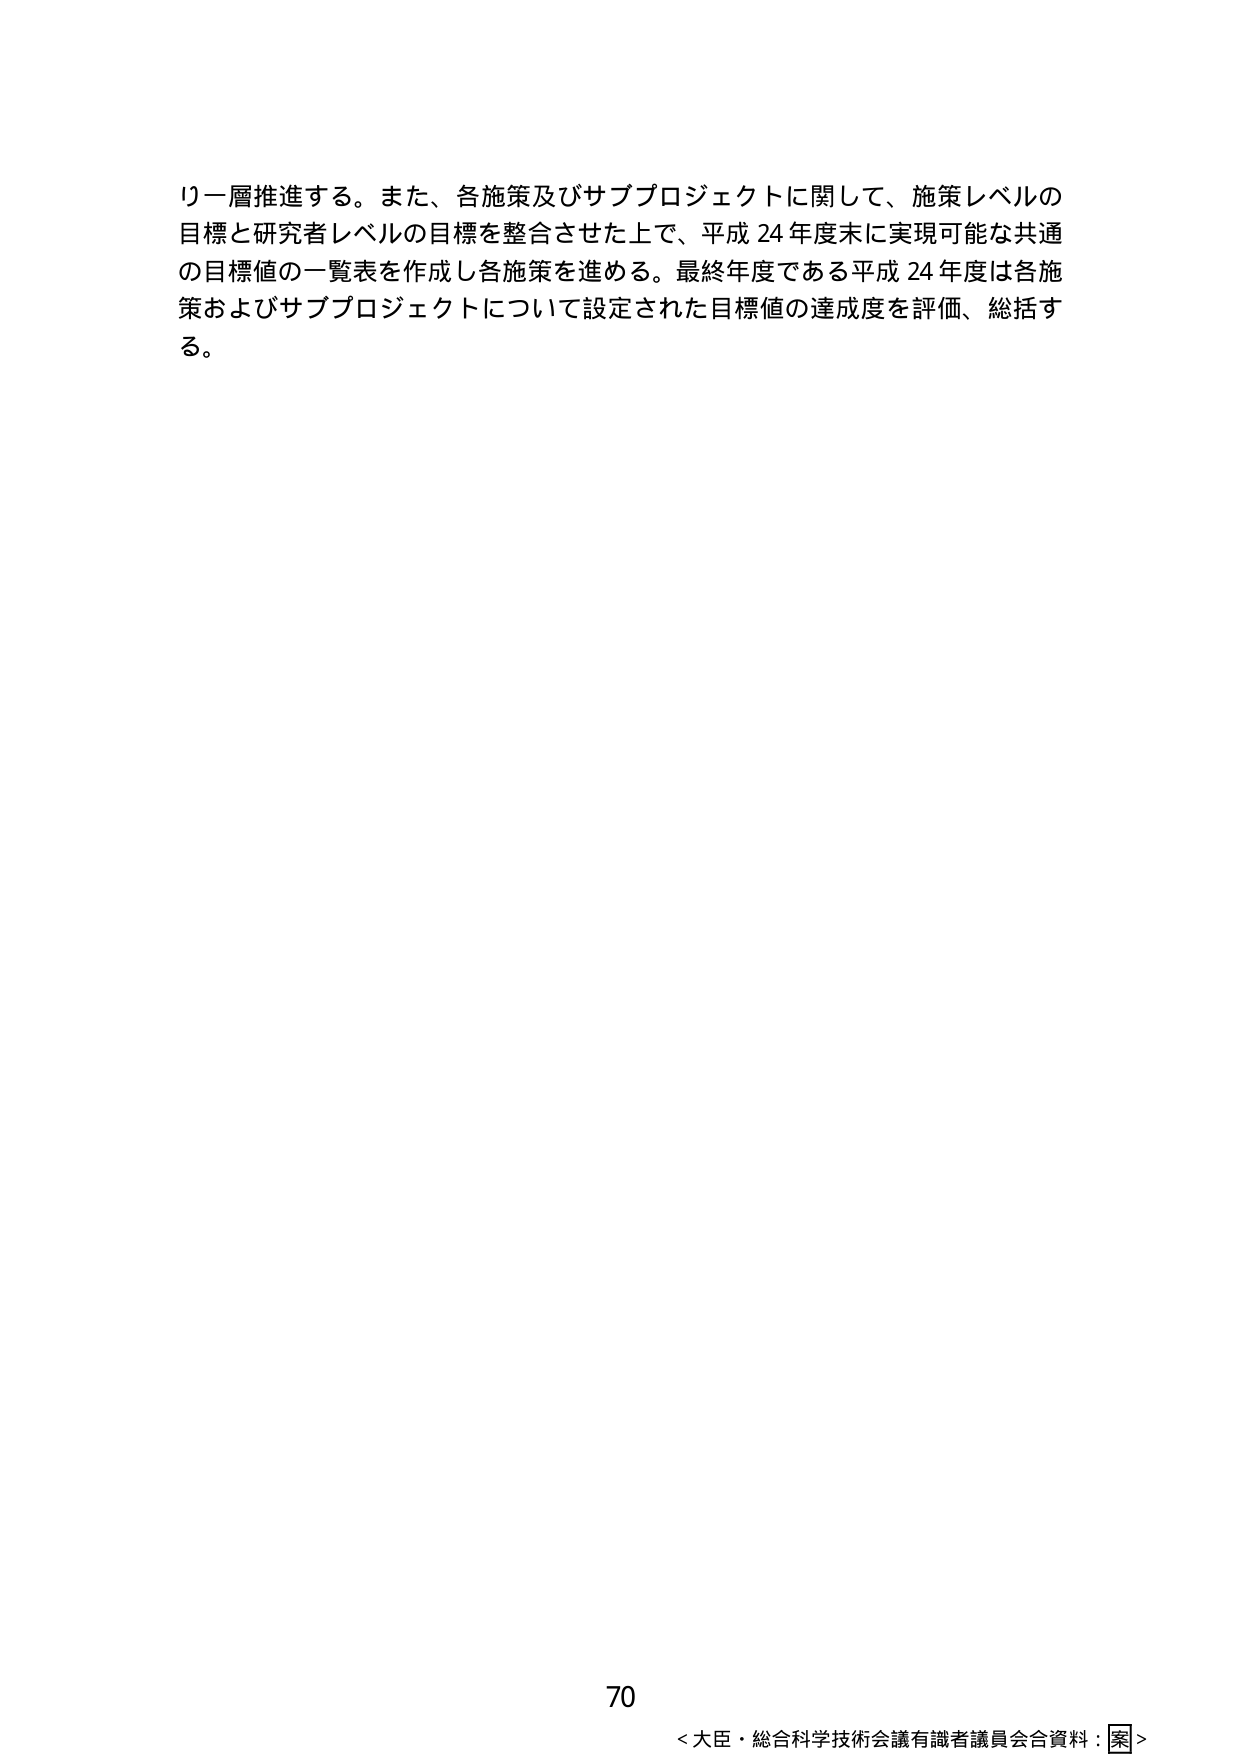
り一層推進する。また、各施策及びサブプロジェクトに関して、施策レベルの目標と研究者レベルの目標を整合させた上で、平成24年度末に実現可能な共通の目標値の一覧表を作成し各施策を進める。最終年度である平成24年度は各施策およびサブプロジェクトについて設定された目標値の達成度を評価、総括する。

70
＜大臣・総合科学技術会議有識者議員会合資料：案＞